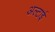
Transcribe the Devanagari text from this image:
अल्टाई